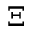
\Xi